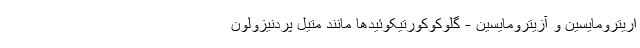
اریترومایسین و آزیترومایسین - گلوکوکورتیکوئیدها مانند متیل پردنیزولون